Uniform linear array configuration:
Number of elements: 4
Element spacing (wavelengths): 1
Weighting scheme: uniform
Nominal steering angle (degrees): -15
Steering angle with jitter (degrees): -13.208
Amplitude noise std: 0.05
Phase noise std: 0.05

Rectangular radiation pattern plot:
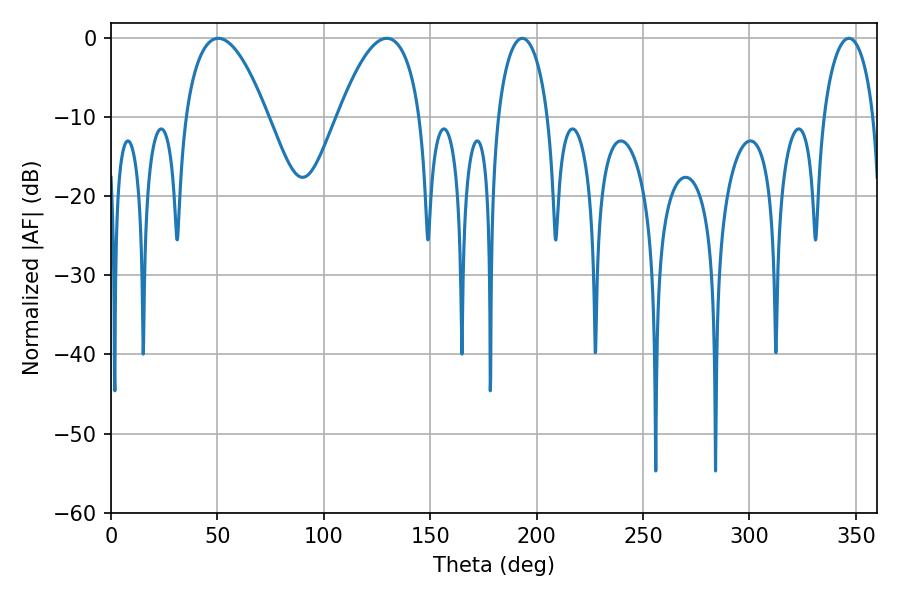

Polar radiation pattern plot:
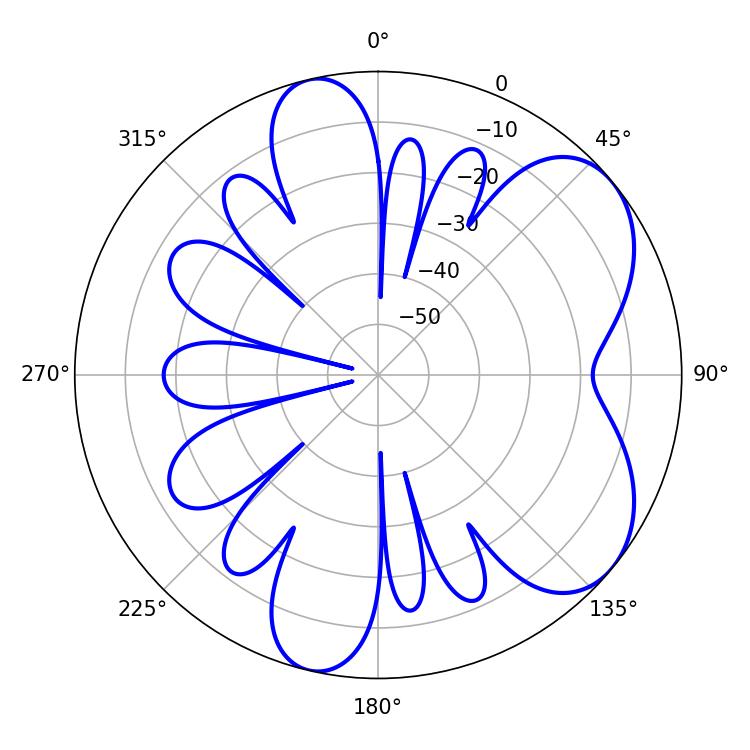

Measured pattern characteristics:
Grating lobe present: TRUE
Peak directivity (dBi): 6.094
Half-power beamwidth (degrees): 21.42
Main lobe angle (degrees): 50.4